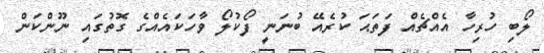
ލޯބި ހުރިހާ އެއްޗެއް ފަތަޙަ ކުރެއޭ ބުނަނީ ފޯކުލޯ ވާހަކައެއްގެ ގޮތުގައި ނޫންކަން